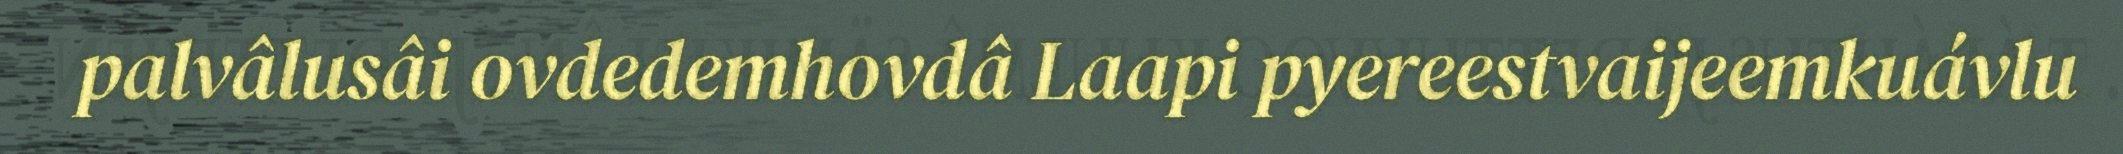
palvâlusâi ovdedemhovdâ Laapi pyereestvaijeemkuávlu